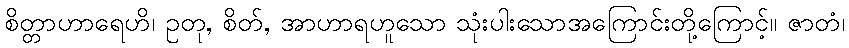
စိတ္တာဟာရေဟိ၊ ဥတု, စိတ်, အာဟာရဟူသော သုံးပါးသောအကြောင်းတို့ကြောင့်။ ဇာတံ၊